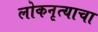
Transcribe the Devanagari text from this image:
लोकनृत्याचा